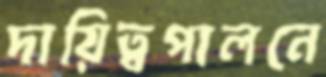
দায়িত্বপালনে